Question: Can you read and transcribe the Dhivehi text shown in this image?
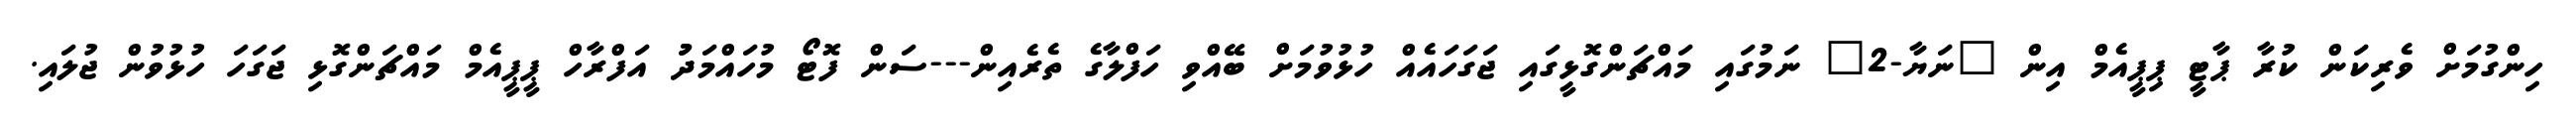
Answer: ހިންގުމަށް ވެރިކަން ކުރާ ޕާޓީ ޕިޕީއެމް އިން "ނަޔާ-2" ނަމުގައި މައްޗަންގޮޅީގައި ޖަގަހައެއް ހުޅުވުމަށް ބޭއްވި ހަފްލާގެ ތެރެއިން---ސަން ފޮޓޯ މުހައްމަދުު އަފްރާހް ޕީޕީއެމް މައްޗަންގޮޅި ޖަގަހަ ހުޅުވުން ޖުލައި.